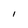
Character: l